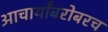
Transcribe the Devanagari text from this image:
आचार्यांबरोबरच